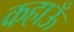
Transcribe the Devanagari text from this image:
कहाऊँ